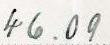
46.09